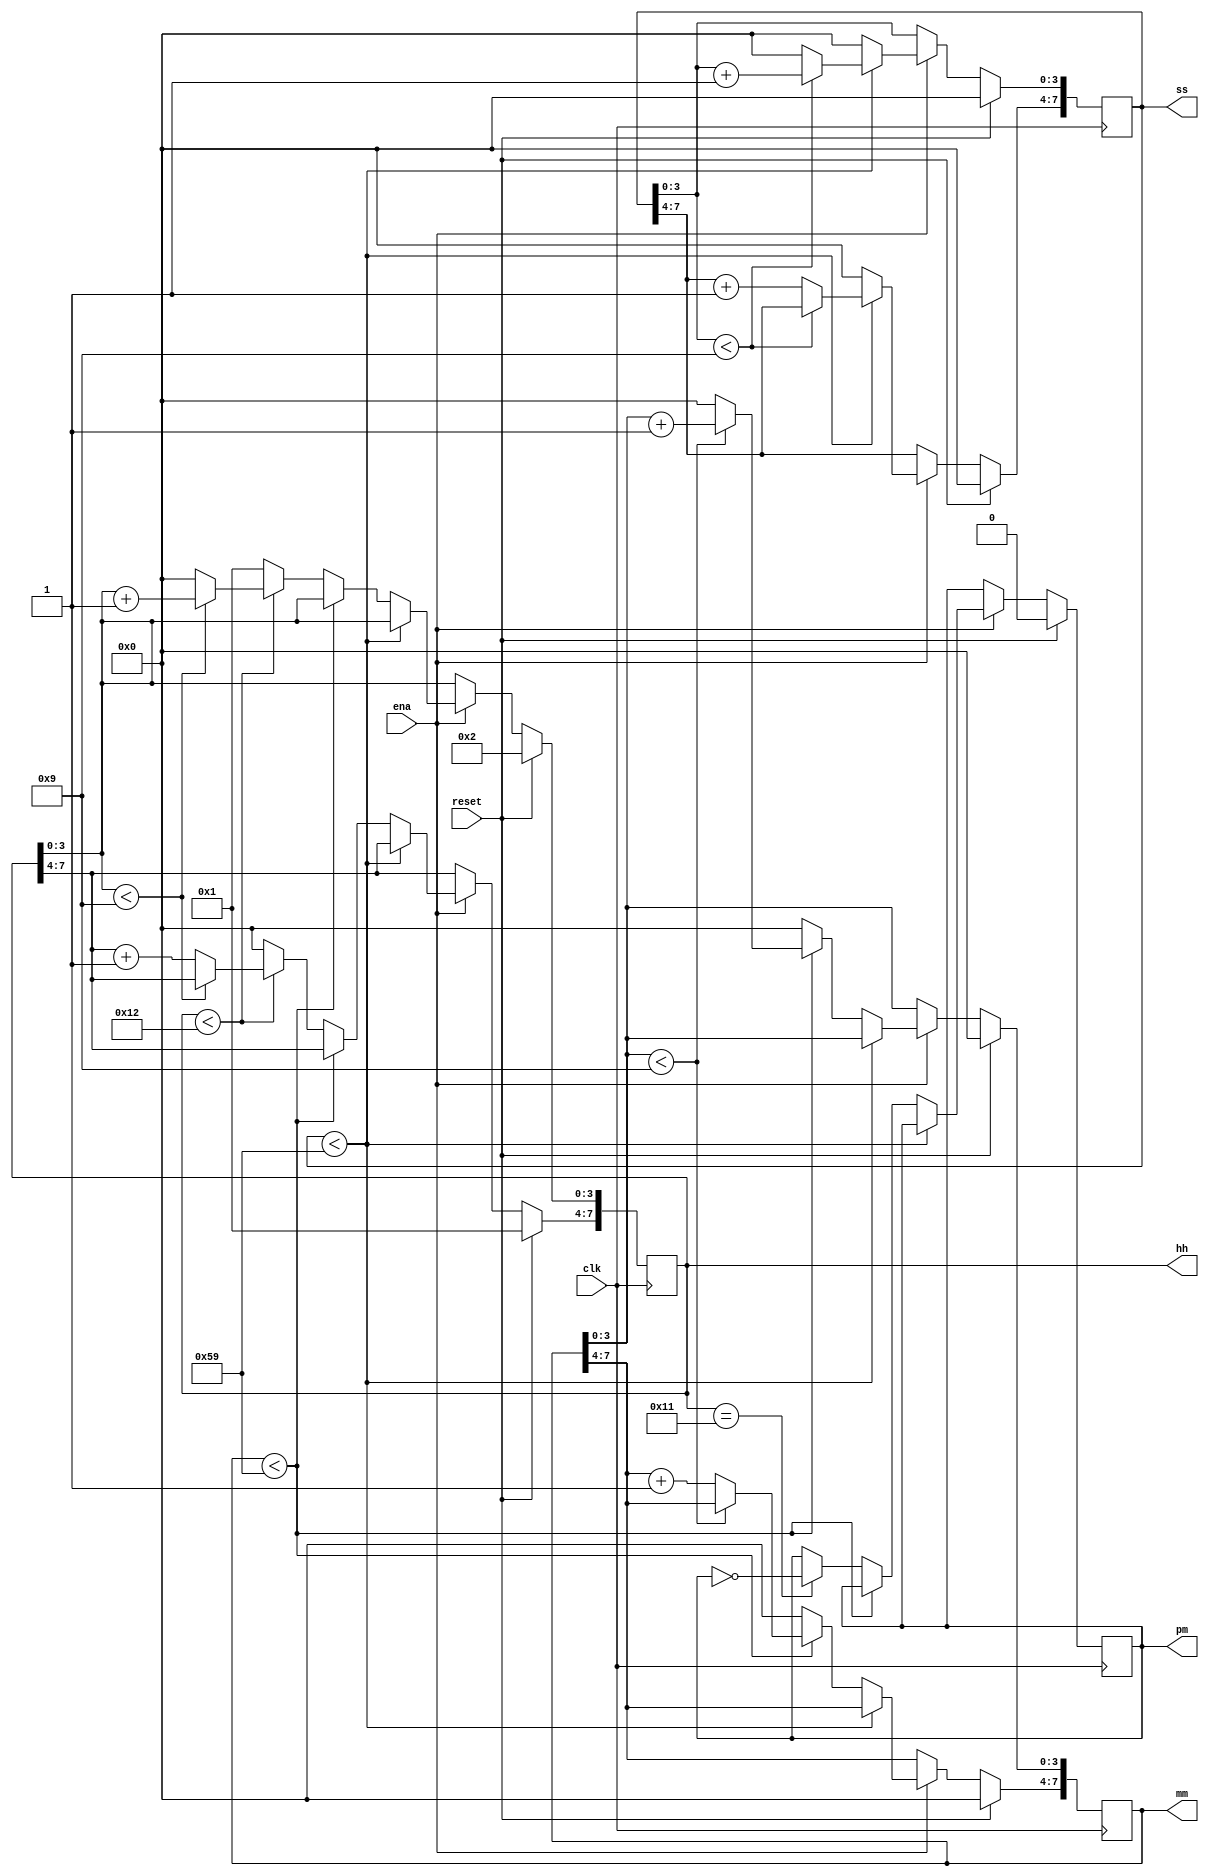
module top_module 
    (
        input clk,
        input reset,
        input ena,
        output pm,
        output [7:0] hh,
        output [7:0] mm,
        output [7:0] ss
    );

reg p;  //0 is am, 1 is pm
reg [7:0] h;
reg [7:0] m;
reg [7:0] s;

always @ (posedge clk)
    begin
        if(reset)   //reset to 12:00:00 AM
            begin
                p <= 0;
                h <= 8'h12;
                m <= 8'h00;
                s <= 8'h00;
            end
        else
            begin
                if(ena)
                    begin
                        if(s < 8'h59)
                            begin
                                if(s[3:0] < 4'h9)   //s[3:0] is ones digit
                                    begin
                                        s[3:0] <= s[3:0] + 1'h1; 
                                    end
                                else
                                    begin
                                        s[3:0] <= 0;    //59->00
                                        s[7:4] <= s[7:4] + 1'h1; //tens digit 
                                    end 
                            end
                        else
                            begin
                                s <= 0; //s
                                if(m < 8'h59)   //ms
                                    begin
                                        if(m[3:0] < 4'h9)
                                            begin
                                                m[3:0] <= m[3:0] + 1'h1; 
                                            end 
                                        else
                                            begin
                                                m[3:0] <= 0;
                                                m[7:4] <= m[7:4] + 1'h1;
                                            end
                                    end
                                else
                                    begin
                                        m <= 1'h0;
                                        if(h == 8'h11)  //AM / PM 
                                            p = !p;
                                        if(h < 8'h12)
                                            begin
                                                if(h[3:0] < 4'h9)
                                                    h[3:0] <= h[3:0] + 1'h1;
                                                else
                                                    begin
                                                        h[3:0] <= 4'h0;
                                                        h[7:4] <= h[7:4] + 1'h1;
                                                    end
                                            end
                                        else
                                            begin //hour 12 -> 1
                                                h <= 1'h1; 
                                            end
                                    end
                            end
                    end
            end
    end

assign pm = p;
assign hh = h;
assign mm = m;
assign ss = s;

endmodule